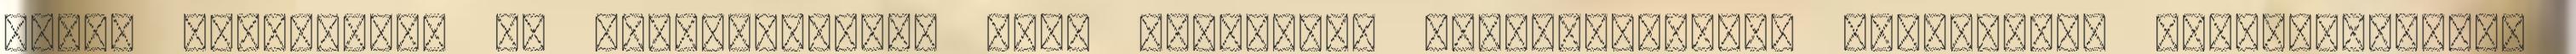
gitár szervizünk és kereskedésünk több évtizedes tapasztalattal rendelkező szakemberekkel